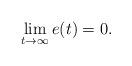
LaTeX: \begin{align*} \mathop{\lim }\limits_{t\to \infty } e(t)=0.\end{align*}